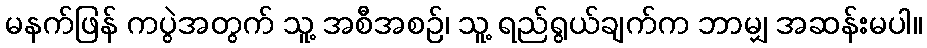
မနက်ဖြန် ကပွဲအတွက် သူ့ အစီအစဉ်၊ သူ့ ရည်ရွယ်ချက်က ဘာမျှ အဆန်းမပါ။